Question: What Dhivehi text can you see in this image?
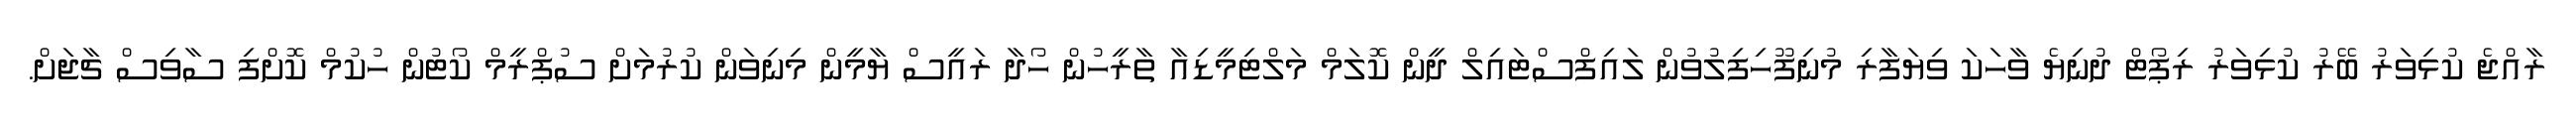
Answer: ރާއްޖެ ކުޅިވަރު ބޭރު ކުޅިވަރު ރިޕޯޓް ދުނިޔެ ވާހަކަ ވިޔަފާރި މުނިފޫހިފިލުވުން ލައިފްސްޓައިލް ދީން ކޮލަމް މަލްޓިމީޑިއާ ތާރީހުން ހޯދާ ރައީސް ޔާމީން މިނިވަން ކުރުމަށް ސުޕްރީމް ކޯޓުން ހުކުމް ކޮށްފި ސާވިސް ޗާޖަށް.